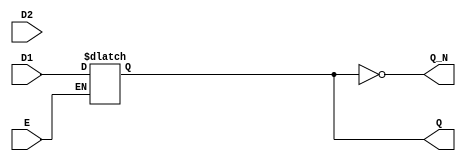
module dual_input_gated_latch (
    input wire D1,        // Data input 1
    input wire D2,        // Data input 2
    input wire E,         // Enable signal
    output reg Q,         // Output state
    output wire Q_N       // Complementary output
);

// Complementary output
assign Q_N = ~Q;

// Always block to implement the gated latch behavior
always @(*) begin
    if (E) begin
        // When Enable is high, select between D1 and D2
        // Here, we can use a simple selection mechanism; for example, let's use D1 by default.
        // You can modify this logic to select based on additional control signals if needed.
        Q = D1; // Change this line to select D2 if required
    end
    // If Enable is low, Q retains its previous value (implicit behavior of reg type)
end

endmodule